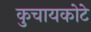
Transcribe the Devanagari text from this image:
कुचायकोटे